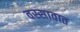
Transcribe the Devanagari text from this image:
वस्सावात